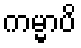
ကမ္မာပိ